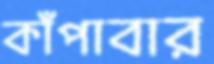
কাঁপাবার